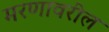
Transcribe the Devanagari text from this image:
मरणावरील